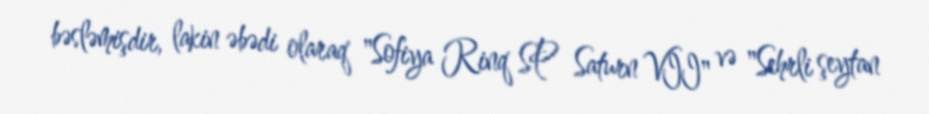
bəsləmişdir, lakin əbədi olaraq "Sofiya Rinq SP Saturn VII" və "Sehrli şeytan